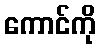
ကောင်ကို